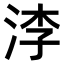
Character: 𣵎